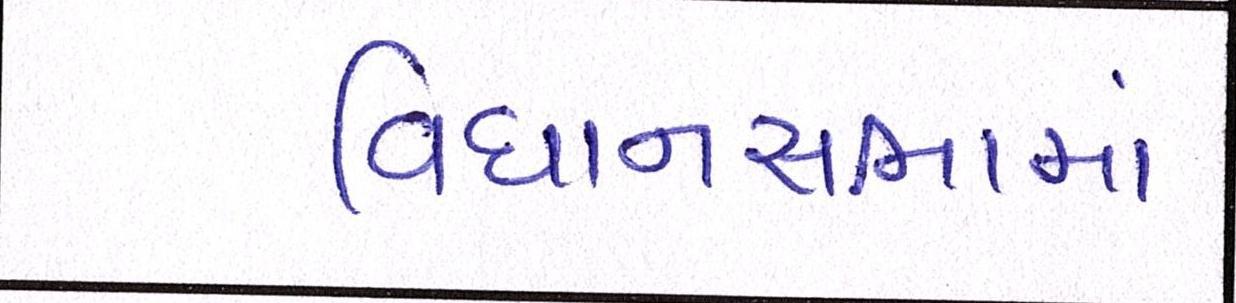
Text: વિધાનસભામાં